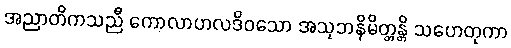
အညာတိကသညီ ကောလာဟလဒိဝသော အသုဘနိမိတ္တန္တိ သဟေတုကာ